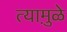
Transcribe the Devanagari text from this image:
त्यामु़ळे